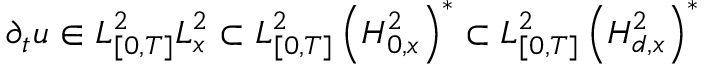
\partial _ { t } u \in L _ { [ 0 , T ] } ^ { 2 } L _ { x } ^ { 2 } \subset L _ { [ 0 , T ] } ^ { 2 } \left( H _ { 0 , x } ^ { 2 } \right) ^ { * } \subset L _ { [ 0 , T ] } ^ { 2 } \left( H _ { d , x } ^ { 2 } \right) ^ { * }